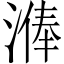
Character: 𣻈